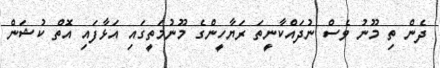
ދެން ތި މޫނު ވެސް ނުދައްކާނީތަ ރަޔާހީންގެ މޫނުމަތީގައި އަޅާފައި އޮތް ކުޝަން